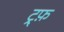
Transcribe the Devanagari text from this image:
ट्र्फ़